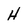
Character: H